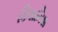
કિશમિશ